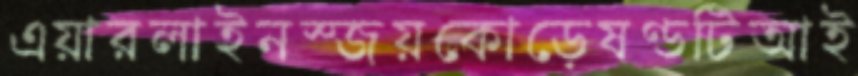
এয়ারলাইনস্জয়কোড়েষণ্ডটিআই